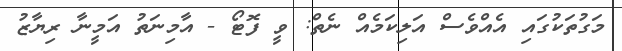
މަގުތަކުގައި އެއްވެސް އަލިކަމެއް ނެތް: ވީ ފޮޓޯ - އާމިނަތު އަމީނާ ރިޔާޒު